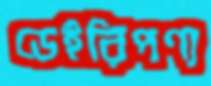
ডেইরিপণ্য